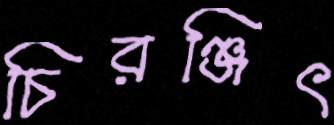
চিরঞ্জিৎ